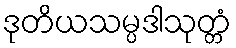
ဒုတိယသမ္ပဒါသုတ္တံ